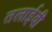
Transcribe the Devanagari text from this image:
तलाईवी